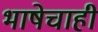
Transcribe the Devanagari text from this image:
भाषेचाही